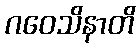
ဂဝေသိနာတိ